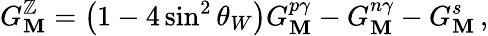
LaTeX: G_{\mathbf{M}}^{\mathbb{Z}}=\left(1-4\sin^{2}\theta_{W}\right)G_{\mathbf{M}}^{p\gamma}-G_{\mathbf{M}}^{n\gamma}-G_{\mathbf{M}}^{s}\, ,